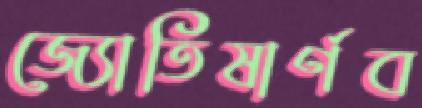
জ্যোতিষার্ণব